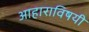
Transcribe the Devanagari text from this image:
आहाराविषयी